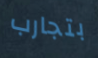
بتجارب